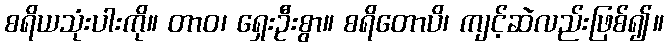
စရိယသုံးပါးကို။ တာဝ၊ ရှေးဦးစွာ။ စရိတောပိ၊ ကျင့်ဆဲလည်းဖြစ်၍။